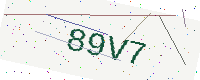
Text: 89V7